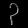
Digit: ၃